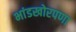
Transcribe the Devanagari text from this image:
भांडखोरपणा